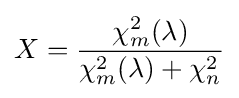
X={\frac {\chi _{m}^{2}(\lambda )}{\chi _{m}^{2}(\lambda )+\chi _{n}^{2}}}